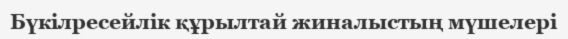
Бүкілресейлік құрылтай жиналыстың мүшелері